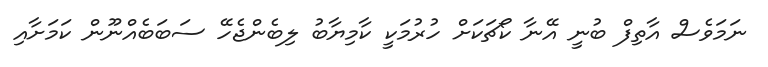
ނަމަވެސް އާތިފް ބުނީ އޭނާ ކޯޗަކަށް ހުރުމަކީ ކާމިޔާބު ލިބެންޖެހޭ ސަބަބެއްނޫން ކަމަށާއި